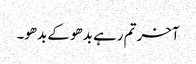
آخر تم رہے بدھو کے بدھو۔